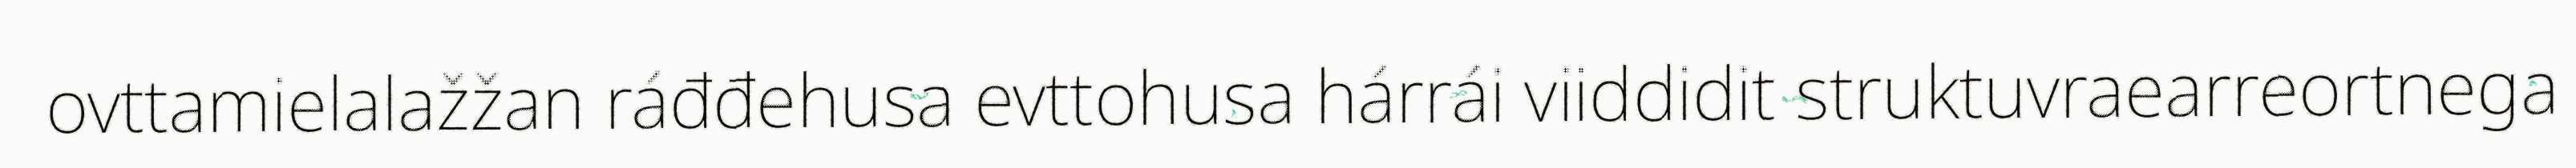
ovttamielalažžan ráđđehusa evttohusa hárrái viiddidit struktuvraearreortnega